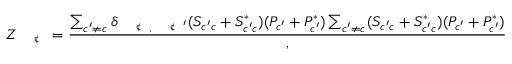
Z _ { \mathrm { ~ \scriptsize ~ \textit ~ { ~ \textcent ~ } ~ } } = \frac { \sum _ { c ^ { \prime } \neq c } \delta _ { \mathrm { ~ \scriptsize ~ \textit ~ { ~ \textcent ~ } ~ } , \mathrm { ~ \scriptsize ~ \textit ~ { ~ \textcent ~ } ~ } ^ { \prime } } ( S _ { c ^ { \prime } c } + S _ { c ^ { \prime } c } ^ { * } ) ( P _ { c ^ { \prime } } + P _ { c ^ { \prime } } ^ { * } ) \sum _ { c ^ { \prime } \neq c } ( S _ { c ^ { \prime } c } + S _ { c ^ { \prime } c } ^ { * } ) ( P _ { c ^ { \prime } } + P _ { c ^ { \prime } } ^ { * } ) } ,